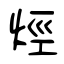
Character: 烴